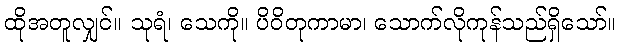
ထိုအတူလျှင်။ သုရံ၊ သေကို။ ပိဝိတုကာမာ၊ သောက်လိုကုန်သည်ရှိသော်။